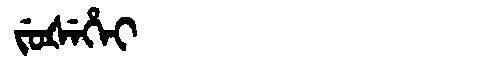
Manchu: ᠵᡠᡧᡝᡥᡝᡳ
Romanization: JUŠEHEI